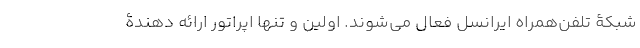
شبکۀ تلفن‌همراه ایرانسل فعال می‌شوند. اولین و تنها اپراتور ارائه دهندۀ